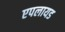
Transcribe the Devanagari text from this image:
एपलायड